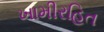
ખામીરહિત